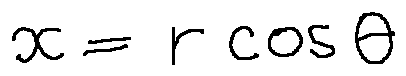
x = r \cos \theta